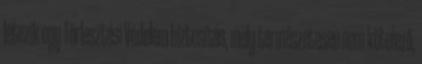
létezik egy Törlesztési Védelem biztosítás, mely természetesen nem kötelező,